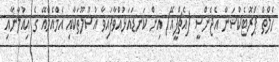
ހެލްތް ޕްރޮޓެކްޝަން އެޖެންސީ (އެޗްޕީއޭ) އިން ކަނޑައަޅުއްވާފައިވާ އުސޫލޫތަކާއި އެމްއެމްއޭ ގެ އިއުލާނާއި